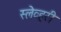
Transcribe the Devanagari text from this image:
स्लेव्हरी